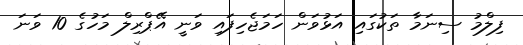
ފިލްމު ސިނަމާ ތަކުގައި އަޅުވަން ހަމަޖެހިފައި ވަނީ އޭޕްރިލް މަހުގެ 10 ވަނަ